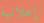
إعلانية